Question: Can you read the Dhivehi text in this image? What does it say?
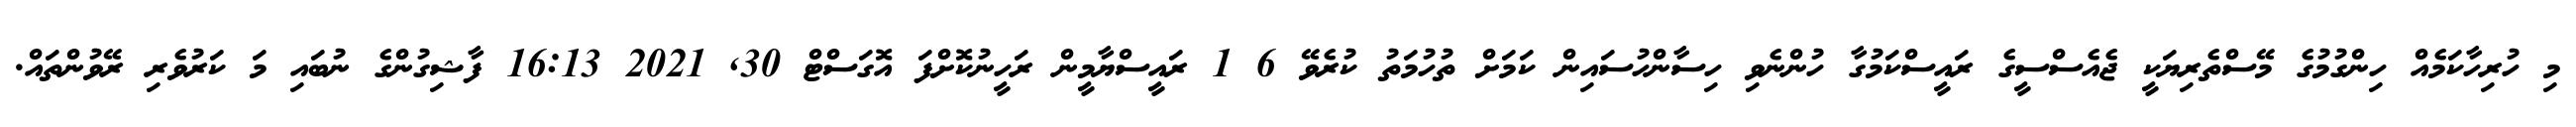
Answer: މި ހުރިހާކަމެއް ހިންގުމުގެ މޭސްތެރިޔަކީ ޖެއެސްސީގެ ރައީސްކަމުގާ ހުންނެވި ހިސާންހުސައިން ކަމަށް ތުހުމަތު ކުރެވޭ 6 1 ރައީސްޔާމީން ރަހީނުކޮށްފަ އޮގަސްޓް 30, 2021 16:13 ފާޝިގުންގެ ނުބައި މަ ކަރުވެރި ރޭވުންތައް.